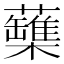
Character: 𧄡